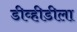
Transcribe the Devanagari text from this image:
डीव्हीडीला